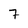
Character: 7